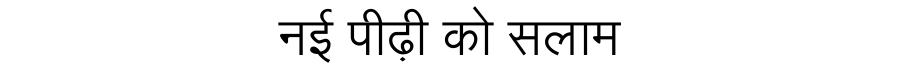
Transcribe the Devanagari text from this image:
नई पीढ़ी को सलाम